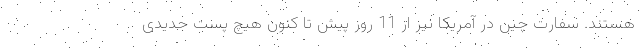
هستند. سفارت چین در آمریکا نیز از 11 روز پیش تا کنون هیچ پست جدیدی